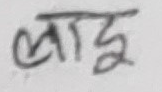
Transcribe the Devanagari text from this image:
लाइइ